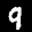
Label: 9